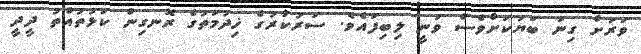
ވަރަށް ގިނަ ބަޔަކަށްވެސް ވަނީ ލިބިފައެވެ. ސަރުކާރުގެ ޚިދުމަތުގެ ރޮނގިން ކަޅުތުއްތު ދީދީ